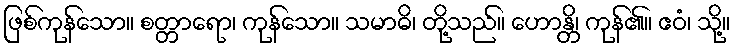
ဖြစ်ကုန်သော။ စတ္တာရော၊ ကုန်သော။ သမာဓိ၊ တို့သည်။ ဟောန္တိ၊ ကုန်၏။ ဧဝံ၊ သို့။